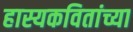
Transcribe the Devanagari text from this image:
हास्यकवितांच्या